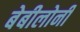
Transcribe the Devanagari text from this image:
बेबीलोनी